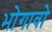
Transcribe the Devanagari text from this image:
भोगावो